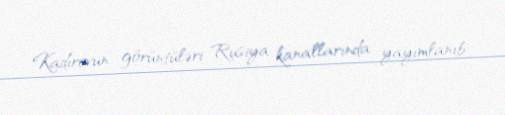
Kadırovun görüntüləri Rusiya kanallarında yayımlanıb.